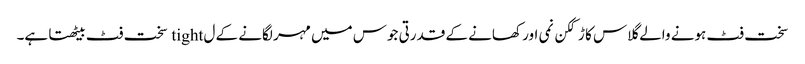
سخت فٹ ہونے والے گلاس کا ڑککن نمی اور کھانے کے قدرتی جوس میں مہر لگانے کے ل tight سخت فٹ بیٹھتا ہے۔